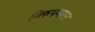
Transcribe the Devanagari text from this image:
निरुपणास